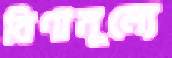
বিণামূল্যে